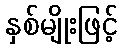
နှစ်မျိုးဖြင့်